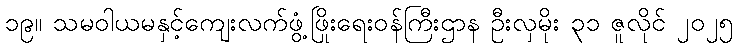
၁၉။ သမဝါယမနှင့်ကျေးလက်ဖွံ့ဖြိုးရေးဝန်ကြီးဌာန ဦးလှမိုး ၃၁ ဇူလိုင် ၂၀၂၅